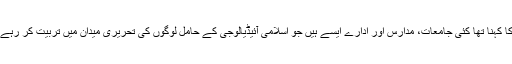
اس کا کہنا تھا کئی جامعات، مدارس اور ادارے ایسے ہیں جو اسلامی آئیڈیالوجی کے حامل لوگوں کی تحریری میدان میں تربیت کر رہے ہیں۔